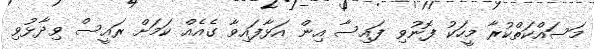
މަސައްކަތްކުރާ މީހަކު ފޮނުވި ފައިސާ އިން އަޅާފައިވާ ގެއެއް ކަަމަށް ރައީސް ވިދާޅުވި